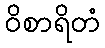
ဝိစာရိတံ